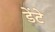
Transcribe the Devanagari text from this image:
डेंटे